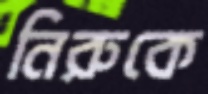
নিরুকে